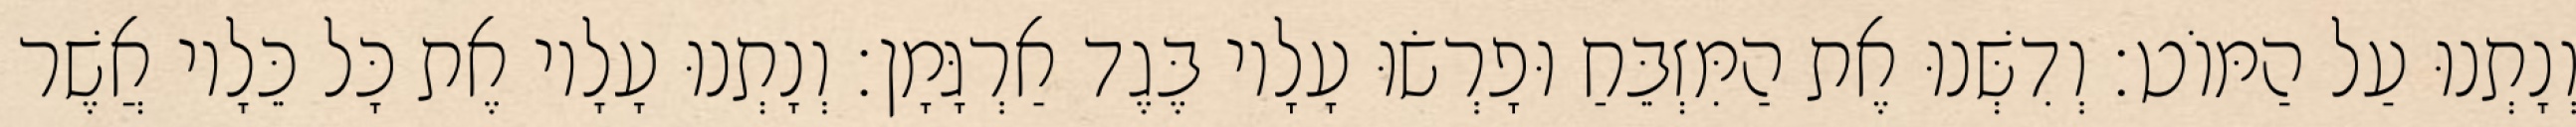
וְנָתְנוּ עַל הַמּוֹט׃ וְדִשְּׁנוּ אֶת הַמִּזְבֵּחַ וּפָרְשׂוּ עָלָיו בֶּגֶד אַרְגָּמָן׃ וְנָתְנוּ עָלָיו אֶת כָּל כֵּלָיו אֲשֶׁר